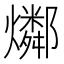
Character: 𤑲